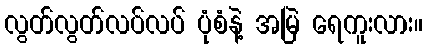
လွတ်လွတ်လပ်လပ် ပုံစံနဲ့ အမြဲ ရေကူးလား။